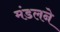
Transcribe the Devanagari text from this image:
मंडलने